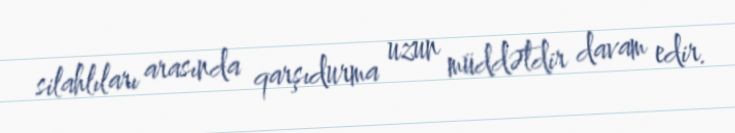
silahlıları arasında qarşıdurma uzun müddətdir davam edir.